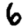
Digit: 6